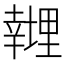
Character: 𱝁